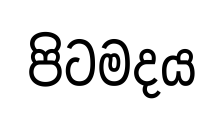
පිටමදය